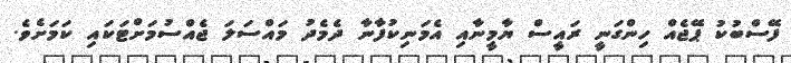
ފޭސްބުކު ޕޭޖެއް ހިންގަނީ ރައީސް ޔާމީނާއި އެމަނިކުފާނާ ދެމެދު މައްސަލަ ޖެއްސުމަށްޓަކައި ކަމަށެވެ.